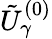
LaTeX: \tilde{U}_{\gamma}^{(0)}